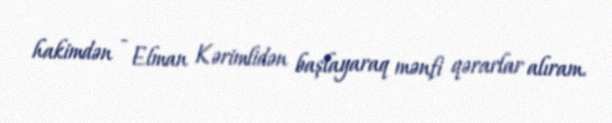
hakimdən - Elman Kərimlidən başlayaraq mənfi qərarlar alıram.